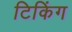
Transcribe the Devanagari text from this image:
टिकिंग